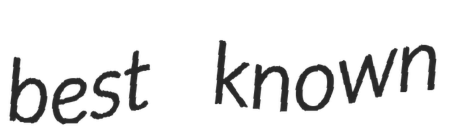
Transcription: best known